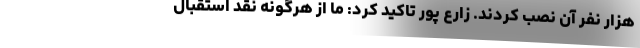
هزار نفر آن نصب کردند. زارع پور تاکید کرد: ما از هرگونه نقد استقبال